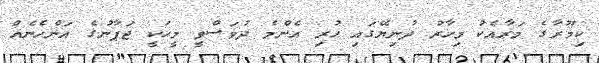
ކިމޫރާގެ މަރާއެކު މިހާރު ދުނިޔޭގައި ހުރި އެންމެ ދުވަސްވީ މީހަކީ ޖަޕާނުގެ އަންހެނެއް